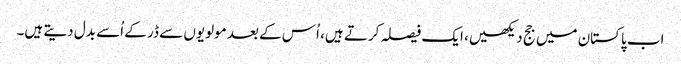
اب پاکستان میں جج دیکھیں، ایک فیصلہ کرتے ہیں، اُس کے بعد مولویوں سے ڈر کے اُسے بدل دیتے ہیں۔